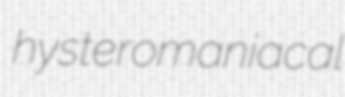
hysteromaniacal